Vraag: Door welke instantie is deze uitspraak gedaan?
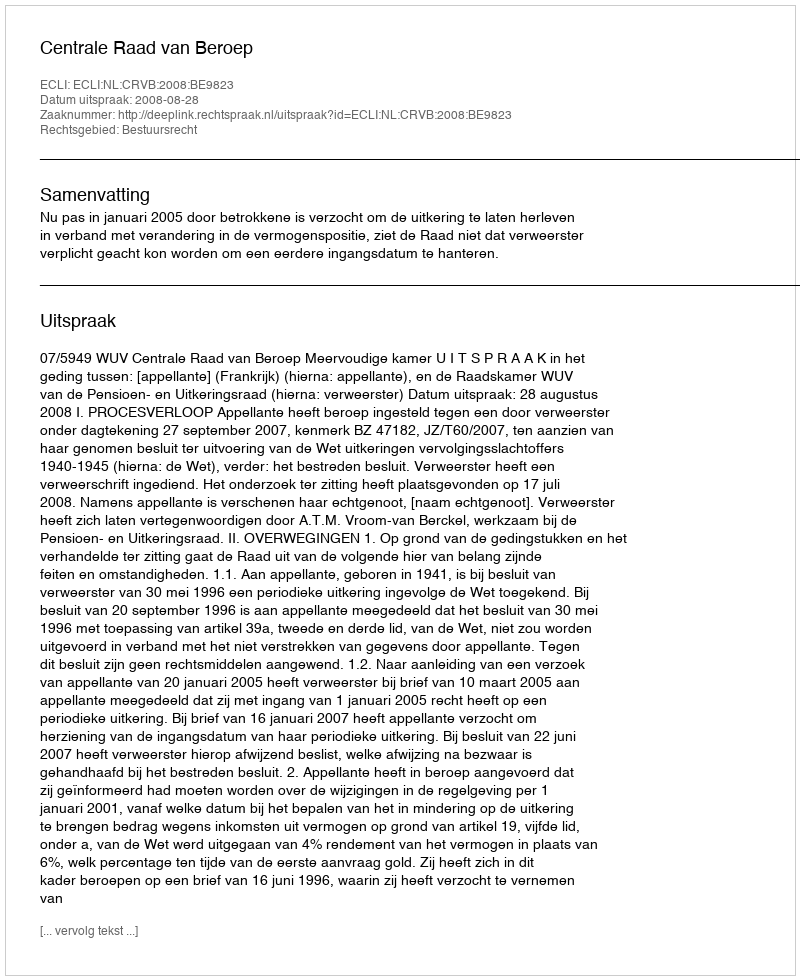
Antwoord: Centrale Raad van Beroep